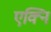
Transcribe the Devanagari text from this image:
एक्नि